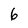
Character: 6